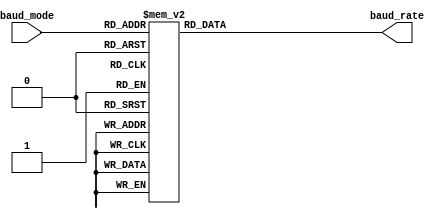
`timescale 1ns / 1ps
//****************************************************************//
//                                                                //
//  Created by       Thomas Nguyen on 3/17/19.                    //
//  Copyright c 2019 Thomas Nguyen. All rights reserved.          //
//                                                                //
//                                                                //
//  In submitting this file for class work at CSULB               //
//  I am confirming that this is my work and the work             //
//  of no one else. In submitting this code I acknowledge that    //
//  plagiarism in student project work is subject to dismissal.   //
//  from the class                                                //
//****************************************************************//
module baud_dec(baud_mode, baud_rate);
input       [3:0] baud_mode;
output reg [19:0] baud_rate;

// ------------ Get Baud Rate --------- //
always@(*)
   case(baud_mode)
      // ------------------ Count No. ------ Rate
      4'b0000 : baud_rate = 20'd333_333; //   300
      4'b0001 : baud_rate = 20'd083_333; //  1200
      4'b0010 : baud_rate = 20'd041_667; //  2400
      4'b0011 : baud_rate = 20'd020_833; //  4800
      4'b0100 : baud_rate = 20'd010_417; //  9600
      4'b0101 : baud_rate = 20'd005_208; // 19200
      4'b0110 : baud_rate = 20'd002_604; // 38400
      4'b0111 : baud_rate = 20'd001_736; // 57600
      4'b1000 : baud_rate = 20'd000_868; //115200
      4'b1001 : baud_rate = 20'd000_434; //230400
      4'b1010 : baud_rate = 20'd000_217; //460800
      default : baud_rate = 20'd000_109; //921600
   endcase

endmodule